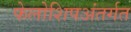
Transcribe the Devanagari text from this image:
फेलोशिपअंतर्गत